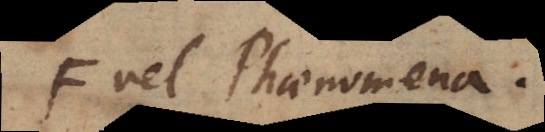
F ve Phaenomena.